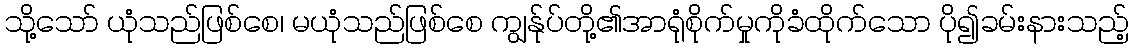
သို့သော် ယုံသည်ဖြစ်စေ၊ မယုံသည်ဖြစ်စေ ကျွန်ုပ်တို့၏အာရုံစိုက်မှုကိုခံထိုက်သော ပို၍ခမ်းနားသည့်